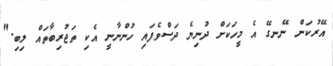
އޭރުކަން ނޭނގޭ އެ މީހަކަށް ދުނިޔެ ދަސްވެފައި ހުންނާނީ އެކި ތަޖުރިބާތައް ލިބި."